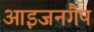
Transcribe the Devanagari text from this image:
आइजनगैप